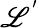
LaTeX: \mathscr{L}^{'}